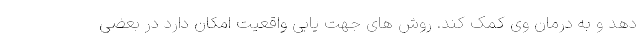
دهد و به درمان وی کمک کند. روش های جهت یابی واقعیت امکان دارد در بعضی